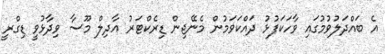
އެ ބައްދަލުވުމުގައި ވާހަކަފުޅު ދައްކަވަމުން މެނޭޖިން ޑިރެކްޓަރު އާދިލް މޫސާ ވިދާޅުވީ ޑިގްރީ